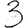
Digit: 3